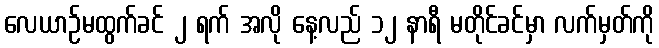
လေယာဉ်မထွက်ခင် ၂ ရက် အလို နေ့လည် ၁၂ နာရီ မတိုင်ခင်မှာ လက်မှတ်ကို